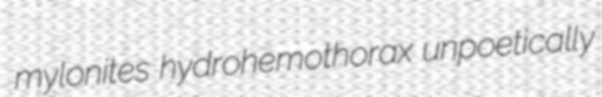
mylonites hydrohemothorax unpoetically